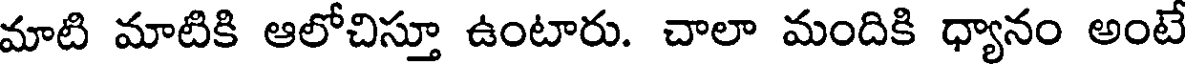
మాటి మాటికి ఆలోచిస్తూ ఉంటారు. చాలా మందికి ధ్యానం అంటే